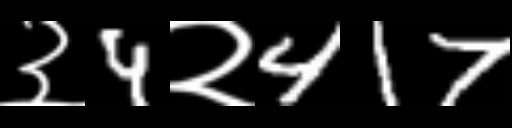
Text: ३4२417